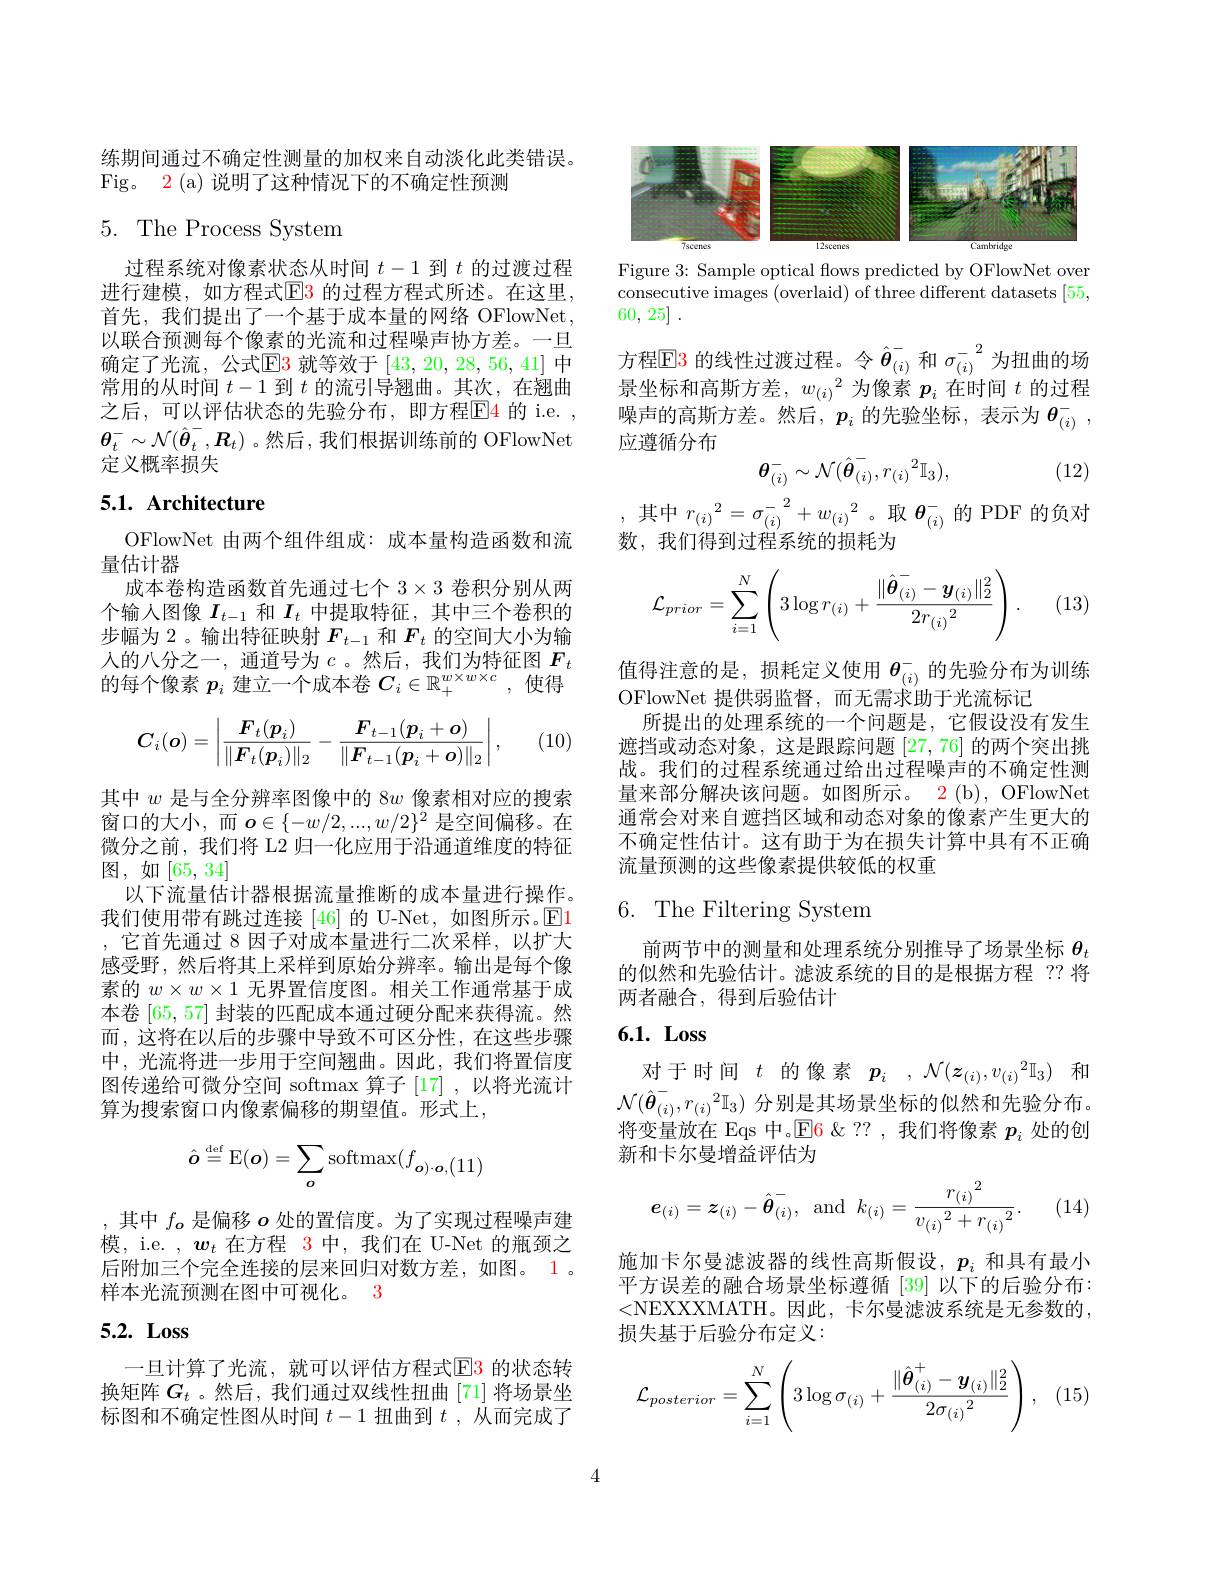
练期间通过不确定性测量的加权来自动淡化此类错误。
Fig。2 (a) 说明了这种情况下的不确定性预测

## 5.The Process System

过程系统对像素状态从时间$t-1$到$t$的过渡过程进行建模，如方程式$\color{red}{\mathrm{E3}}$ 的过程方程式所述。在这里， 首先，我们提出了一个基于成本量的网络 OFlowNet, 以联合预测每个像素的光流和过程噪声协方差。一旦确定了光流，公式$\boxed{\mathrm{E}}3$就等效于[43,20,28,56,41]中常用的从时间$t-1$到$t$的流引导翘曲。其次，在翘曲之后，可以评估状态的先验分布，即方程$\color{red}{\mathrm{E}}\color{blue}{\mathrm{E}}\color{red}{\mathrm{~i.e.~,~}}$ $\boldsymbol{\theta}_t^-\sim\mathcal{N}(\hat{\boldsymbol{\theta}}_t^-,\boldsymbol{R}_t)$ 。然后，我们根据训练前的 OFlowNet 定义概率损失

# 5.1. Architecture

OFlowNet 由两个组件组成：成本量构造函数和流
量估计器
成本卷构造函数首先通过七个$3\times3$卷积分别从两个输入图像$I_{t-1}$和$I_t$中提取特征，其中三个卷积的步幅为 2。输出特征映射$F_{t-1}$和$F_t$的空间大小为输入的八分之一，通道号为$c$ 。然后，我们为特征图$F_t$ 的每个像素$p_i$建立一个成本卷$C_i\in\mathbb{R}_+^w\times w\times c$,使得

(10)
$$C_i(\boldsymbol{o})=\left|\frac{\boldsymbol{F}_t(\boldsymbol{p}_i)}{\|\boldsymbol{F}_t(\boldsymbol{p}_i)\|_2}-\frac{\boldsymbol{F}_{t-1}(\boldsymbol{p}_i+\boldsymbol{o})}{\|\boldsymbol{F}_{t-1}(\boldsymbol{p}_i+\boldsymbol{o})\|_2}\right|,$$
其中$w$是与全分辨率图像中的 8$w$像素相对应的搜索窗口的大小，而$\boldsymbol{o}\in\{-w/2,...,w/2\}^2$ 是空间偏移。在微分之前，我们将 L2 归一化应用于沿通道维度的特征图，如[65,34]
以下流量估计器根据流量推断的成本量进行操作。我们使用带有跳过连接 [46] 的 U-Net, 如图所示。$\mathbb{E}$1 ,它首先通过 8 因子对成本量进行二次采样，以扩大感受野，然后将其上采样到原始分辨率。输出是每个像素的$w\times w\times1$无界置信度图。相关工作通常基于成本卷[65,57]封装的匹配成本通过硬分配来获得流。然而，这将在以后的步骤中导致不可区分性，在这些步骤中，光流将进一步用于空间翘曲。因此，我们将置信度图传递给可微分空间 softmax 算子 [17],以将光流计算为搜索窗口内像素偏移的期望值。形式上，
$$\hat{\boldsymbol{o}}\stackrel{\mathrm{def}}{=}\operatorname{E}(\boldsymbol{o})=\sum_{\boldsymbol{o}}\operatorname{softmax}(f_{\boldsymbol{o})\cdot\boldsymbol{o},(11)}$$
,其中$f_{\boldsymbol{o}}$是偏移$o$处的置信度。为了实现过程噪声建模，i.e. $,\boldsymbol w_t$在方程 3 中，我们在 U-Net 的瓶颈之后附加三个完全连接的层来回归对数方差，如图。1。样本光流预测在图中可视化。3

# 5.2. Loss

一旦计算了光流，就可以评估方程式$\color{red}{\mathrm{E3}}$ 的状态转换矩阵$G_t$ 。然后，我们通过双线性扭曲[71]将场景坐标图和不确定性图从时间$t-1$扭曲到$t$ ,从而完成了

<FigureHere>

Figure 3: Sample optical flows predicted by OFlowNet over consecutive images (overlaid) of three different datasets [55, 60, 25] .

方程$\mathbb{E}$3 的线性过渡过程。令$\hat{\boldsymbol{\theta}}_{(i)}^-$和$\sigma_{(i)}^{-2}$为扭曲的场景坐标和高斯方差，$w_{(i)}^2$为像素$p_i$在时间$t$的过程噪声的高斯方差。然后，$p_i$的先验坐标，表示为$\theta_{(i)}^-$, 应遵循分布
$$\theta_{(i)}^-\sim\mathcal{N}(\hat{\theta}_{(i)}^-,r_{(i)}^2\mathbb{I}_3),$$
,其中$r_{(i)}^2=\sigma_{(i)}^{-}^2+w_{(i)}^2$。取$\theta_{(i)}^-$的 PDF 的负对

(12)

数，我们得到过程系统的损耗为

(13)
$$\mathcal{L}_{prior}=\sum_{i=1}^N\left(3\log r_{(i)}+\frac{\|\hat{\boldsymbol{\theta}}_{(i)}^--\boldsymbol{y}_{(i)}\|_2^2}{2r_{(i)}^2}\right).$$
值得注意的是，损耗定义使用$\theta_{(i)}^-$的先验分布为训练
OFlowNet 提供弱监督，而无需求助于光流标记
所提出的处理系统的一个问题是，它假设没有发生遮挡或动态对象，这是跟踪问题 [27,76] 的两个突出挑战。我们的过程系统通过给出过程噪声的不确定性测量来部分解决该问题。如图所示。2(b), OFlowNet 通常会对来自遮挡区域和动态对象的像素产生更大的不确定性估计。这有助于为在损失计算中具有不正确流量预测的这些像素提供较低的权重

## 6. The Filtering System

前两节中的测量和处理系统分别推导了场景坐标$\theta_t$ 的似然和先验估计。滤波系统的目的是根据方程 ??将两者融合，得到后验估计

# 6.1. Loss

对于时间$t$的像素$p_i,\mathcal{N}(z_{(i)},v_{(i)}^2\mathbb{I}_3)$和$\mathcal{N}(\hat{\boldsymbol{\theta}}_{(i)}^-,r_{(i)}^2\mathbb{I}_3)$分别是其场景坐标的似然和先验分布。

将变量放在 Eqs 中。$\operatorname{E}$6 &??,我们将像素$p_i$处的创
新和卡尔曼增益评估为

(14)
$$\boldsymbol{e}_{(i)}=\boldsymbol{z}_{(i)}-\hat{\boldsymbol{\theta}}_{(i)}^{-},\:\text{and}\:k_{(i)}=\frac{{r_{(i)}}^{2}}{{v_{(i)}}^{2}+{r_{(i)}}^{2}}.$$
施加卡尔曼滤波器的线性高斯假设，$p_i$和具有最小平方误差的融合场景坐标遵循 [39] 以下的后验分布： <NEXXXMATH。因此，卡尔曼滤波系统是无参数的， 损失基于后验分布定义：
$$\mathcal{L}_{posterior}=\sum_{i=1}^N\left(3\log\sigma_{(i)}+\frac{\|\hat{\boldsymbol{\theta}}_{(i)}^+-\boldsymbol{y}_{(i)}\|_2^2}{2\sigma_{(i)}^2}\right),$$
(15)

4